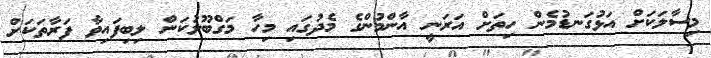
މިސާލަކަށް އަޅުގަނޑުމެން ހިތަށް އަރަނީ އާންމުންގެ މެދުގައި މިހާ މަގްބޫލުކަން ލިބިފައިވާ ފަރާތަކަށް